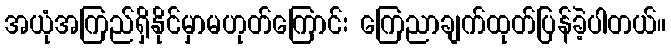
အယုံအကြည်ရှိနိုင်မှာမဟုတ်ကြောင်း ကြေညာချက်ထုတ်ပြန်ခဲ့ပါတယ်။